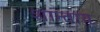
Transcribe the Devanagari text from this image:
शान्ताय